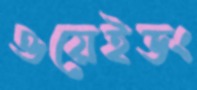
ওয়েইডং